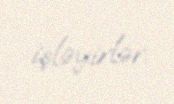
işləyirlər.